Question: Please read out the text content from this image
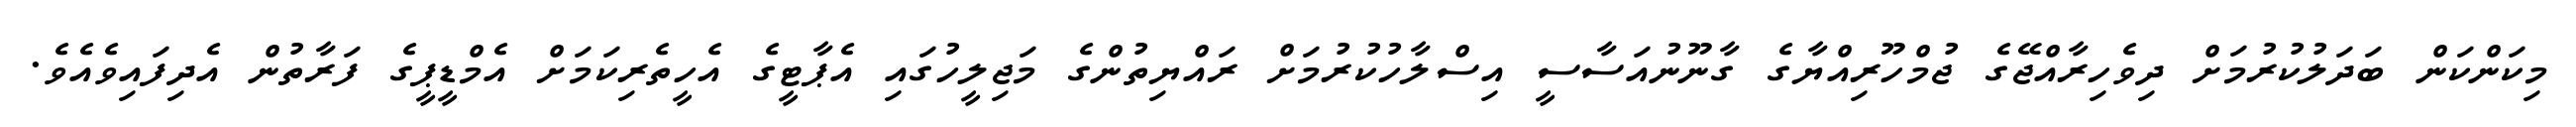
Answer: މިކަންކަން ބަދަލުކުރުމަށް ދިވެހިރާއްޖޭގެ ޖުމްހޫރިއްޔާގެ ގާނޫނުއަސާސީ އިސްލާހުކުރުމަށް ރައްޔިތުންގެ މަޖިލީހުގައި އެޕާޓީގެ އެހީތެރިކަމަށް އެމްޑީޕީގެ ފަރާތުން އެދިފައިވެއެވެ.